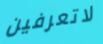
لاتعرفين